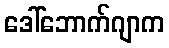
ဒေါ်ဘောက်ဂျာက